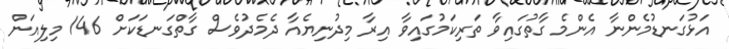
އަޅުގަނޑުމެންނާ އެންމެ ގާތުގައިވާ ތަރިކަމުގައިވާ އިރާ މިދުނިޔެއާ ދެމެދުވެސް ގާތްގަނޑަކަށް 146 މިލިއަން